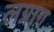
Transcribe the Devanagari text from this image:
लग्नाग